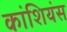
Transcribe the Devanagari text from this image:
कांशियंस